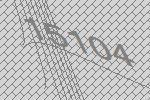
15104